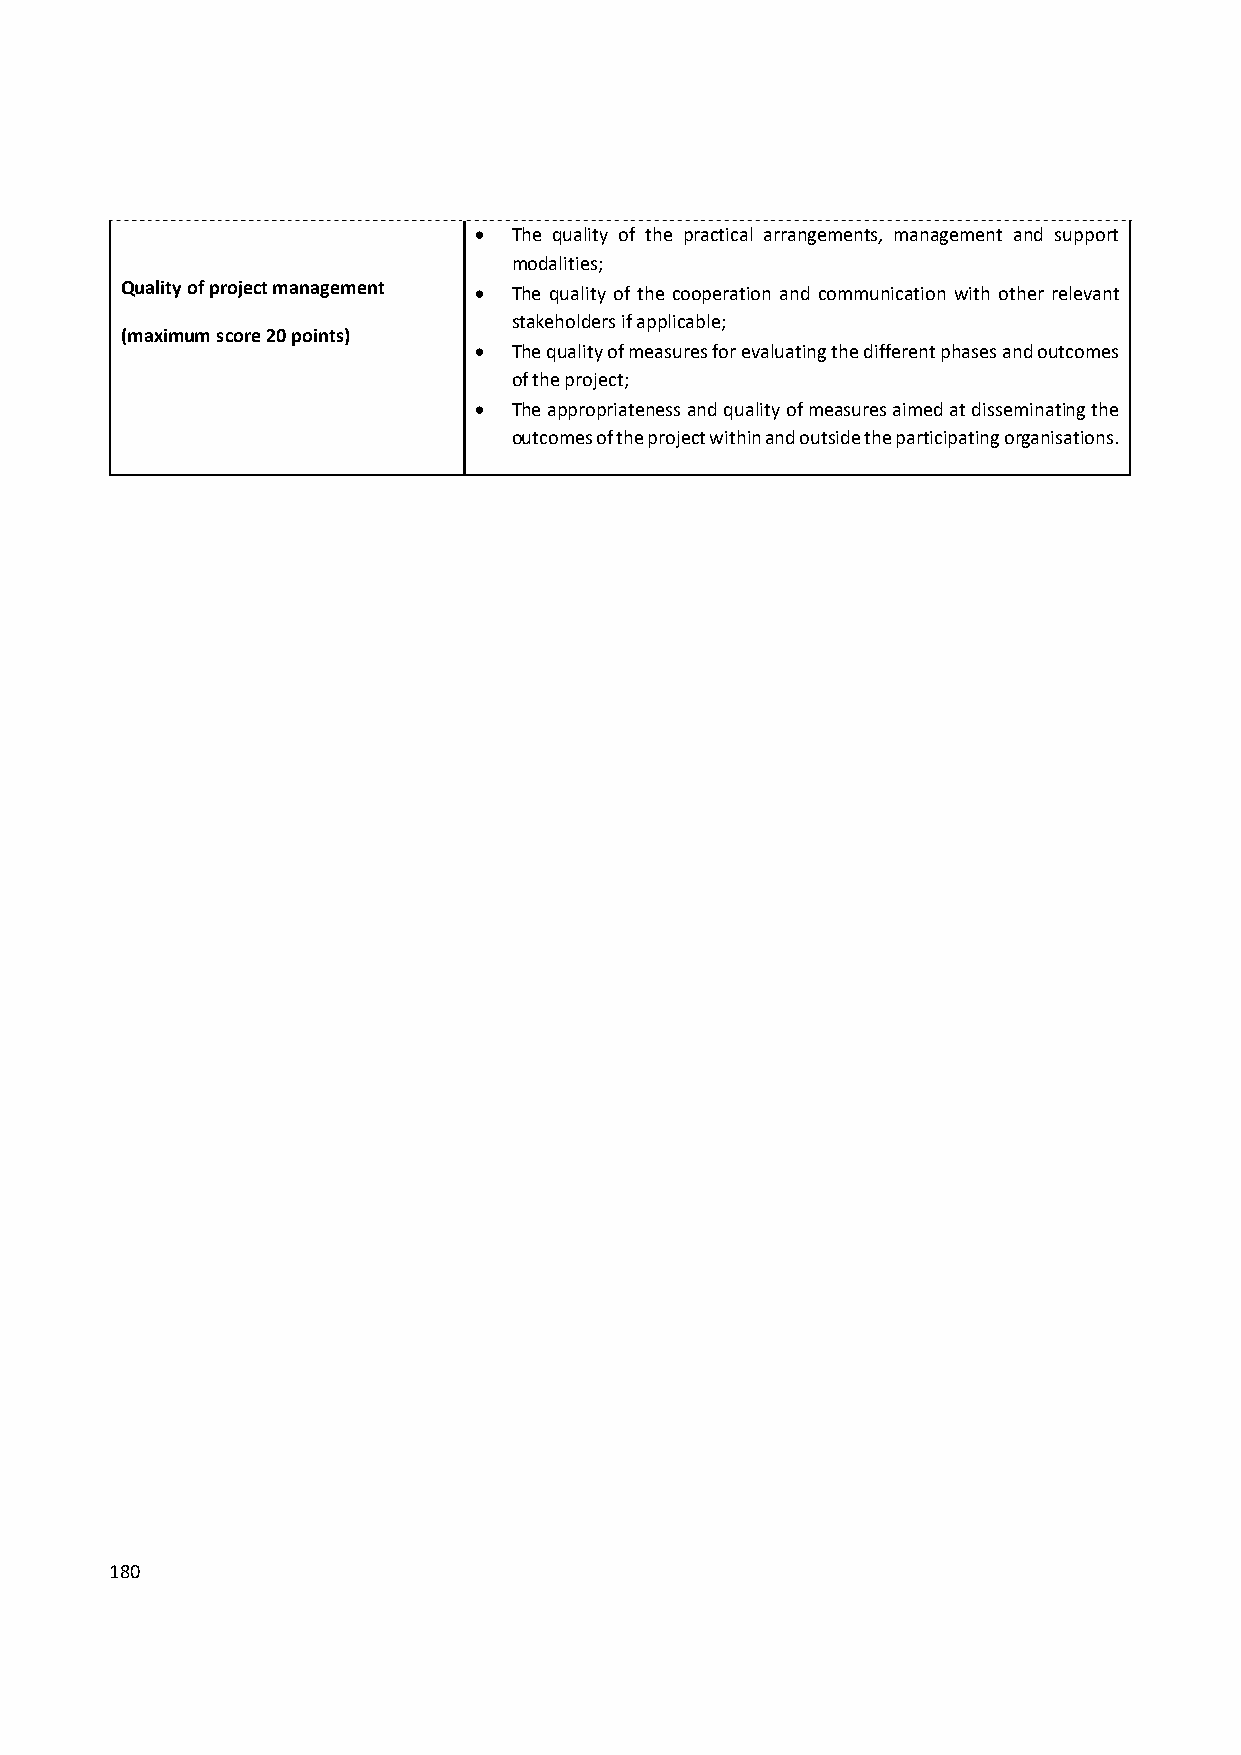
  The quality of the practical arrangements, management and support
 modalities;
 Quality of project management  The quality of the cooperation and communication with other relevant
 stakeholders if applicable;
 (maximum score 20 points)
   The quality of measures for evaluating the different phases and outcomes
 of the project;
   The appropriateness and quality of measures aimed at disseminating the
 outcomes of the project within and outside the participating organisations.
 180